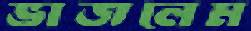
ভাজলেম